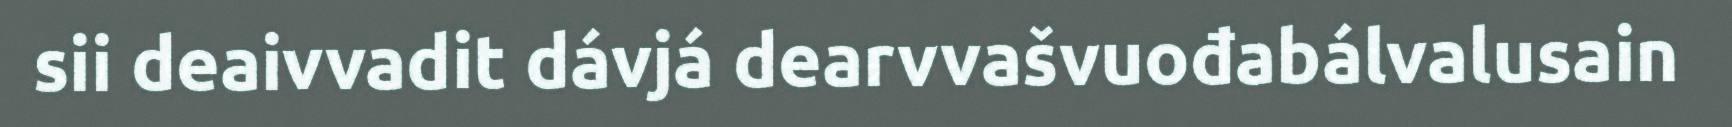
sii deaivvadit dávjá dearvvašvuođabálvalusain